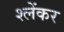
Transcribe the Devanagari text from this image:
श्लेंकर